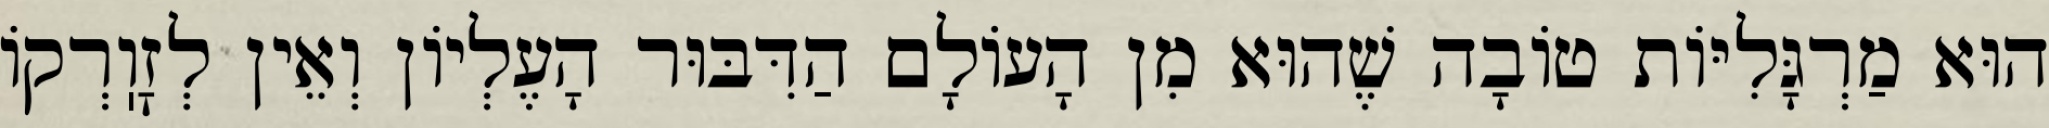
הוּא מַרְגָּלִיּוֹת טוֹבָה שֶׁהוּא מִן הָעוֹלָם הַדִּבּוּר הָעֶלְיוֹן וְאֵין לְזׇוֽרְקוֹ